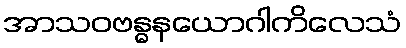
အာသဝဗန္ဓနယောဂါကိလေသံ